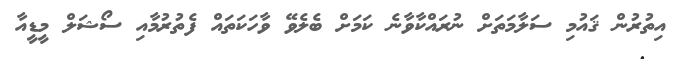
އިތުރުން ޤައުމި ސަލާމަތަށް ނުރައްކާވާނެ ކަމަށް ބެލެވޭ ވާހަކަތައް ފެތުރުމާއި ސޯޝަލް މީޑީއާ